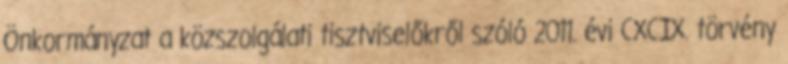
Önkormányzat a közszolgálati tisztviselőkről szóló 2011. évi CXCIX. törvény